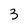
Character: 3